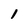
Character: 1